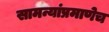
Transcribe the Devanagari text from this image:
सामन्यांप्रमाणेच